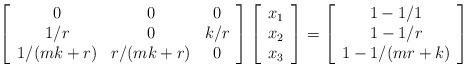
LaTeX: \begin{align*}\left[\begin{array}{ccc}0 & 0 & 0 \\1/r & 0 & k/r \\1/(mk+r) & r/(mk+r) & 0\end{array}\right]\left[\begin{array}{c}x_1 \\x_2 \\x_3\end{array}\right]=\left[\begin{array}{c}1-1/1 \\1-1/r \\1-1/(mr+k)\end{array}\right]\end{align*}